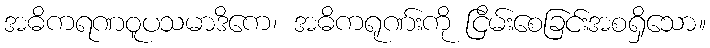
အဓိကရဏဝူပသမာဒိကေ၊ အဓိကရုဏ်းကို ငြိမ်းစေခြင်းအစရှိသော။